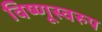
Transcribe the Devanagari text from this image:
विष्णूस्वरुप